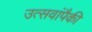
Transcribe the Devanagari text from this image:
उत्सवांपैकी